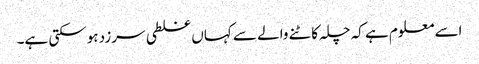
اسے معلوم ہے کہ چلہ کاٹنے والے سے کہاں غلطی سرزد ہوسکتی ہے۔